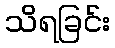
သိရခြင်း